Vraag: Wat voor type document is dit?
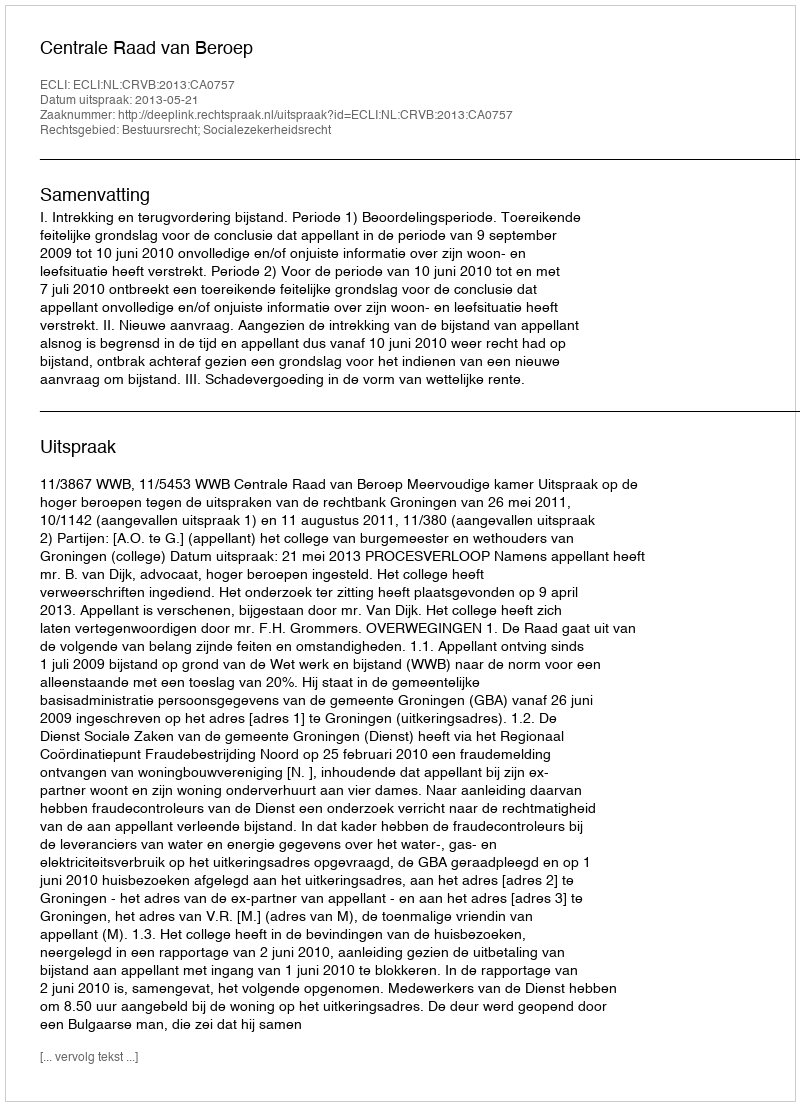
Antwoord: Uitspraak